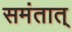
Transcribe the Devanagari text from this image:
समंतात्